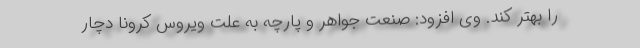
را بهتر کند. وی افزود: صنعت جواهر و پارچه به علت ویروس کرونا دچار